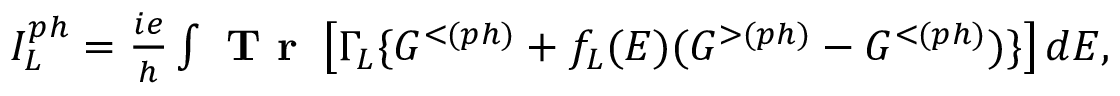
\begin{array} { r } { I _ { L } ^ { p h } = \frac { i e } { h } \int \textbf { T r } \left[ \Gamma _ { L } \{ G ^ { < ( p h ) } + f _ { L } ( E ) ( G ^ { > ( p h ) } - G ^ { < ( p h ) } ) \} \right] d E , } \end{array}